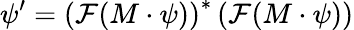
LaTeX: \psi^{\prime}=\left(\mathcal{F}(M\cdot\psi)\right)^{*}\left(\mathcal{F}(M\cdot\psi)\right)